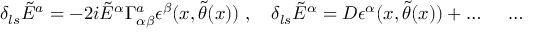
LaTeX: \delta _ { l s } \tilde { E } ^ { a } = - 2 i \tilde { E } ^ { \alpha } \Gamma _ { \alpha \beta } ^ { a } \epsilon ^ { \beta } ( x , \tilde { \theta } ( x ) ) \; , \quad \delta _ { l s } \tilde { E } ^ { \alpha } = { \cal D } \epsilon ^ { \alpha } ( x , \tilde { \theta } ( x ) ) + \ldots \; \quad \ldots